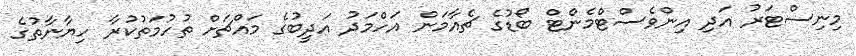
މިނިސްޓަރު އަދި އިންވެސްޓްމެންޓް ބޯޑުގެ ޗެއާމަން އަހްމަދު އަދީބުގެ މައްޗަށް ތުހުމަތުކުރާ ހިޔާނާތުގެ